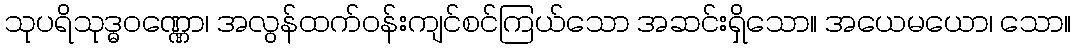
သုပရိသုဒ္ဓဝဏ္ဏော၊ အလွန်ထက်ဝန်းကျင်စင်ကြယ်သော အဆင်းရှိသော။ အယေမယော၊ သော။